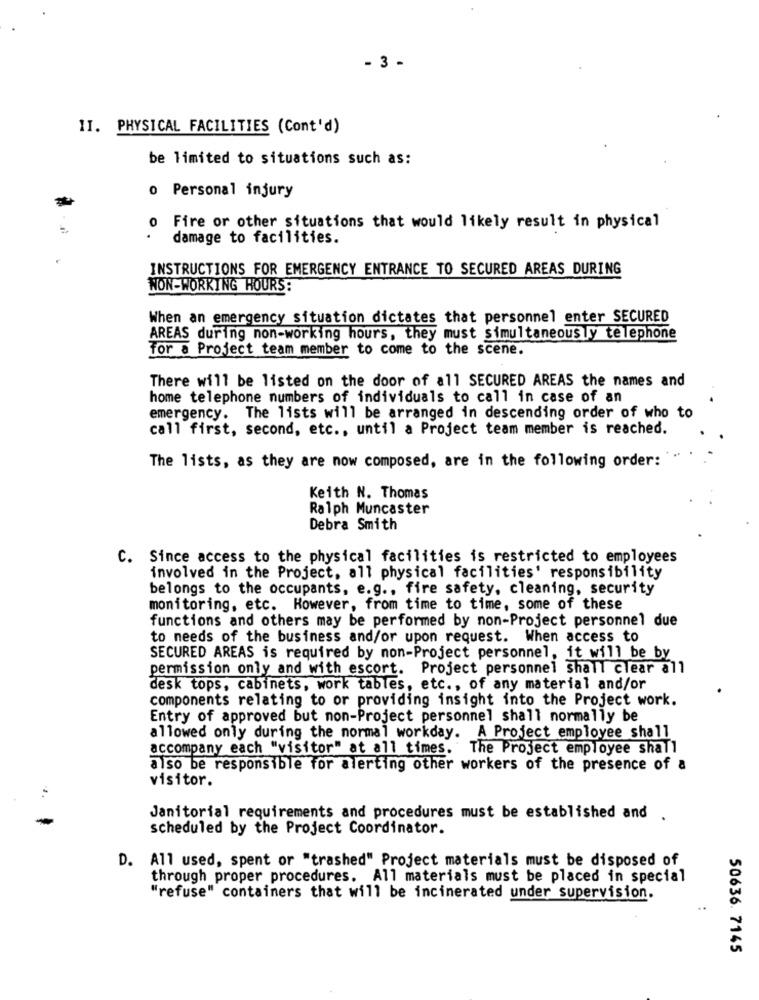
- 3 -
11. PHYSICAL FACILITIES (Cont'd)
be limited to situations such as:
o Personal injury
o Fire or other situations that would likely result in physical
damage to facilities.
INSTRUCTIONS FOR EMERGENCY ENTRANCE TO SECURED AREAS DURING
NON-WORKING HOURS:
When an emergency situation dictates that personnel enter SECURED
AREAS during non-working hours, they must simultaneously telephone
Tor a Project team member to come to the scene.
There will be listed on the door of all SECURED AREAS the names and
home telephone numbers of individuals to call in case of an
emergency. The lists will be arranged in descending order of who to
call first, second, etc ., until a Project team member is reached.
The lists, as they are now composed, are in the following order:
Keith N. Thomas
Ralph Muncaster
Debra Smith
C. Since access to the physical facilities is restricted to employees
involved in the Project, all physical facilities' responsibility
belongs to the occupants, e.g ., fire safety, cleaning, security
monitoring, etc. However, from time to time, some of these
functions and others may be performed by non-Project personnel due
to needs of the business and/or upon request. When access to
SECURED AREAS is required by non-Project personnel, it will be by
permission only and with escort. Project personnel shall clear all
desk tops, cabinets, work tables, etc ., of any material and/or
components relating to or providing insight into the Project work.
Entry of approved but non-Project personnel shall normally be
allowed only during the normal workday. A Project employee shall
accompany each "visitor" at all times. The Project employee shall
also be responsible for alerting other workers of the presence of a
visitor.
Janitorial requirements and procedures must be established and .
scheduled by the Project Coordinator.
D. All used, spent or "trashed" Project materials must be disposed of
through proper procedures. All materials must be placed in special
"refuse" containers that will be incinerated under supervision.
50636. 7145